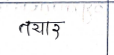
मजकूर: तयार